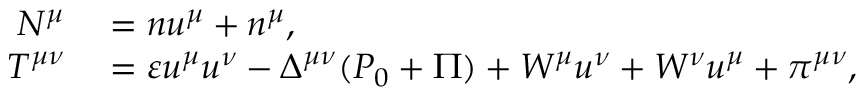
\begin{array} { r l } { N ^ { \mu } } & { { } = n u ^ { \mu } + n ^ { \mu } , } \\ { T ^ { \mu \nu } } & { { } = \varepsilon u ^ { \mu } u ^ { \nu } - \Delta ^ { \mu \nu } ( P _ { 0 } + \Pi ) + W ^ { \mu } u ^ { \nu } + W ^ { \nu } u ^ { \mu } + \pi ^ { \mu \nu } , } \end{array}